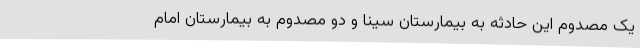
یک مصدوم این حادثه به بیمارستان سینا و دو مصدوم به بیمارستان امام